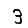
Digit: 3